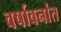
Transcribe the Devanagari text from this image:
वर्षावनांत